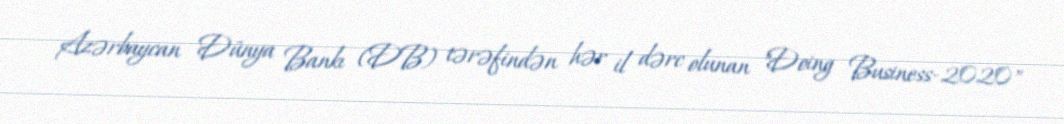
Azərbaycan Dünya Bankı (DB) tərəfindən hər il dərc olunan "Doing Business-2020"